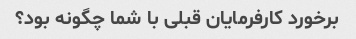
برخورد کارفرمایان قبلی با شما چگونه بود؟